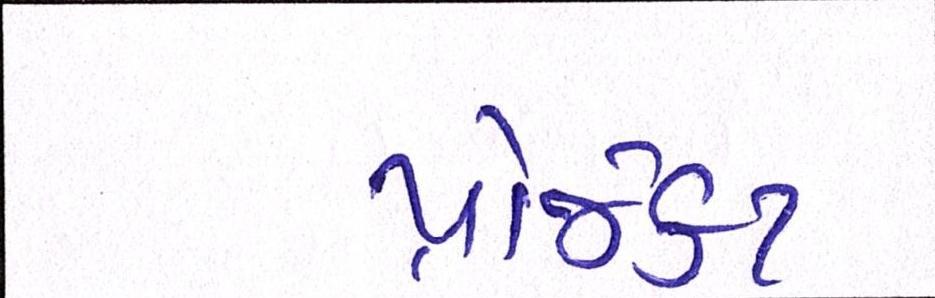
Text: પ્રોજેકટ